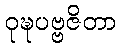
ဝုဍ္ဎပဗ္ဗဇိတာ